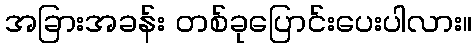
အခြားအခန်း တစ်ခုပြောင်းပေးပါလား။